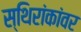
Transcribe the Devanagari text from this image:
स्थिरांकांवर